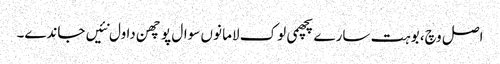
اصل وچ، بوہت سارے پچھمی لوک لاما نوں سوال پوچھن دا ول نئیں جاندے۔